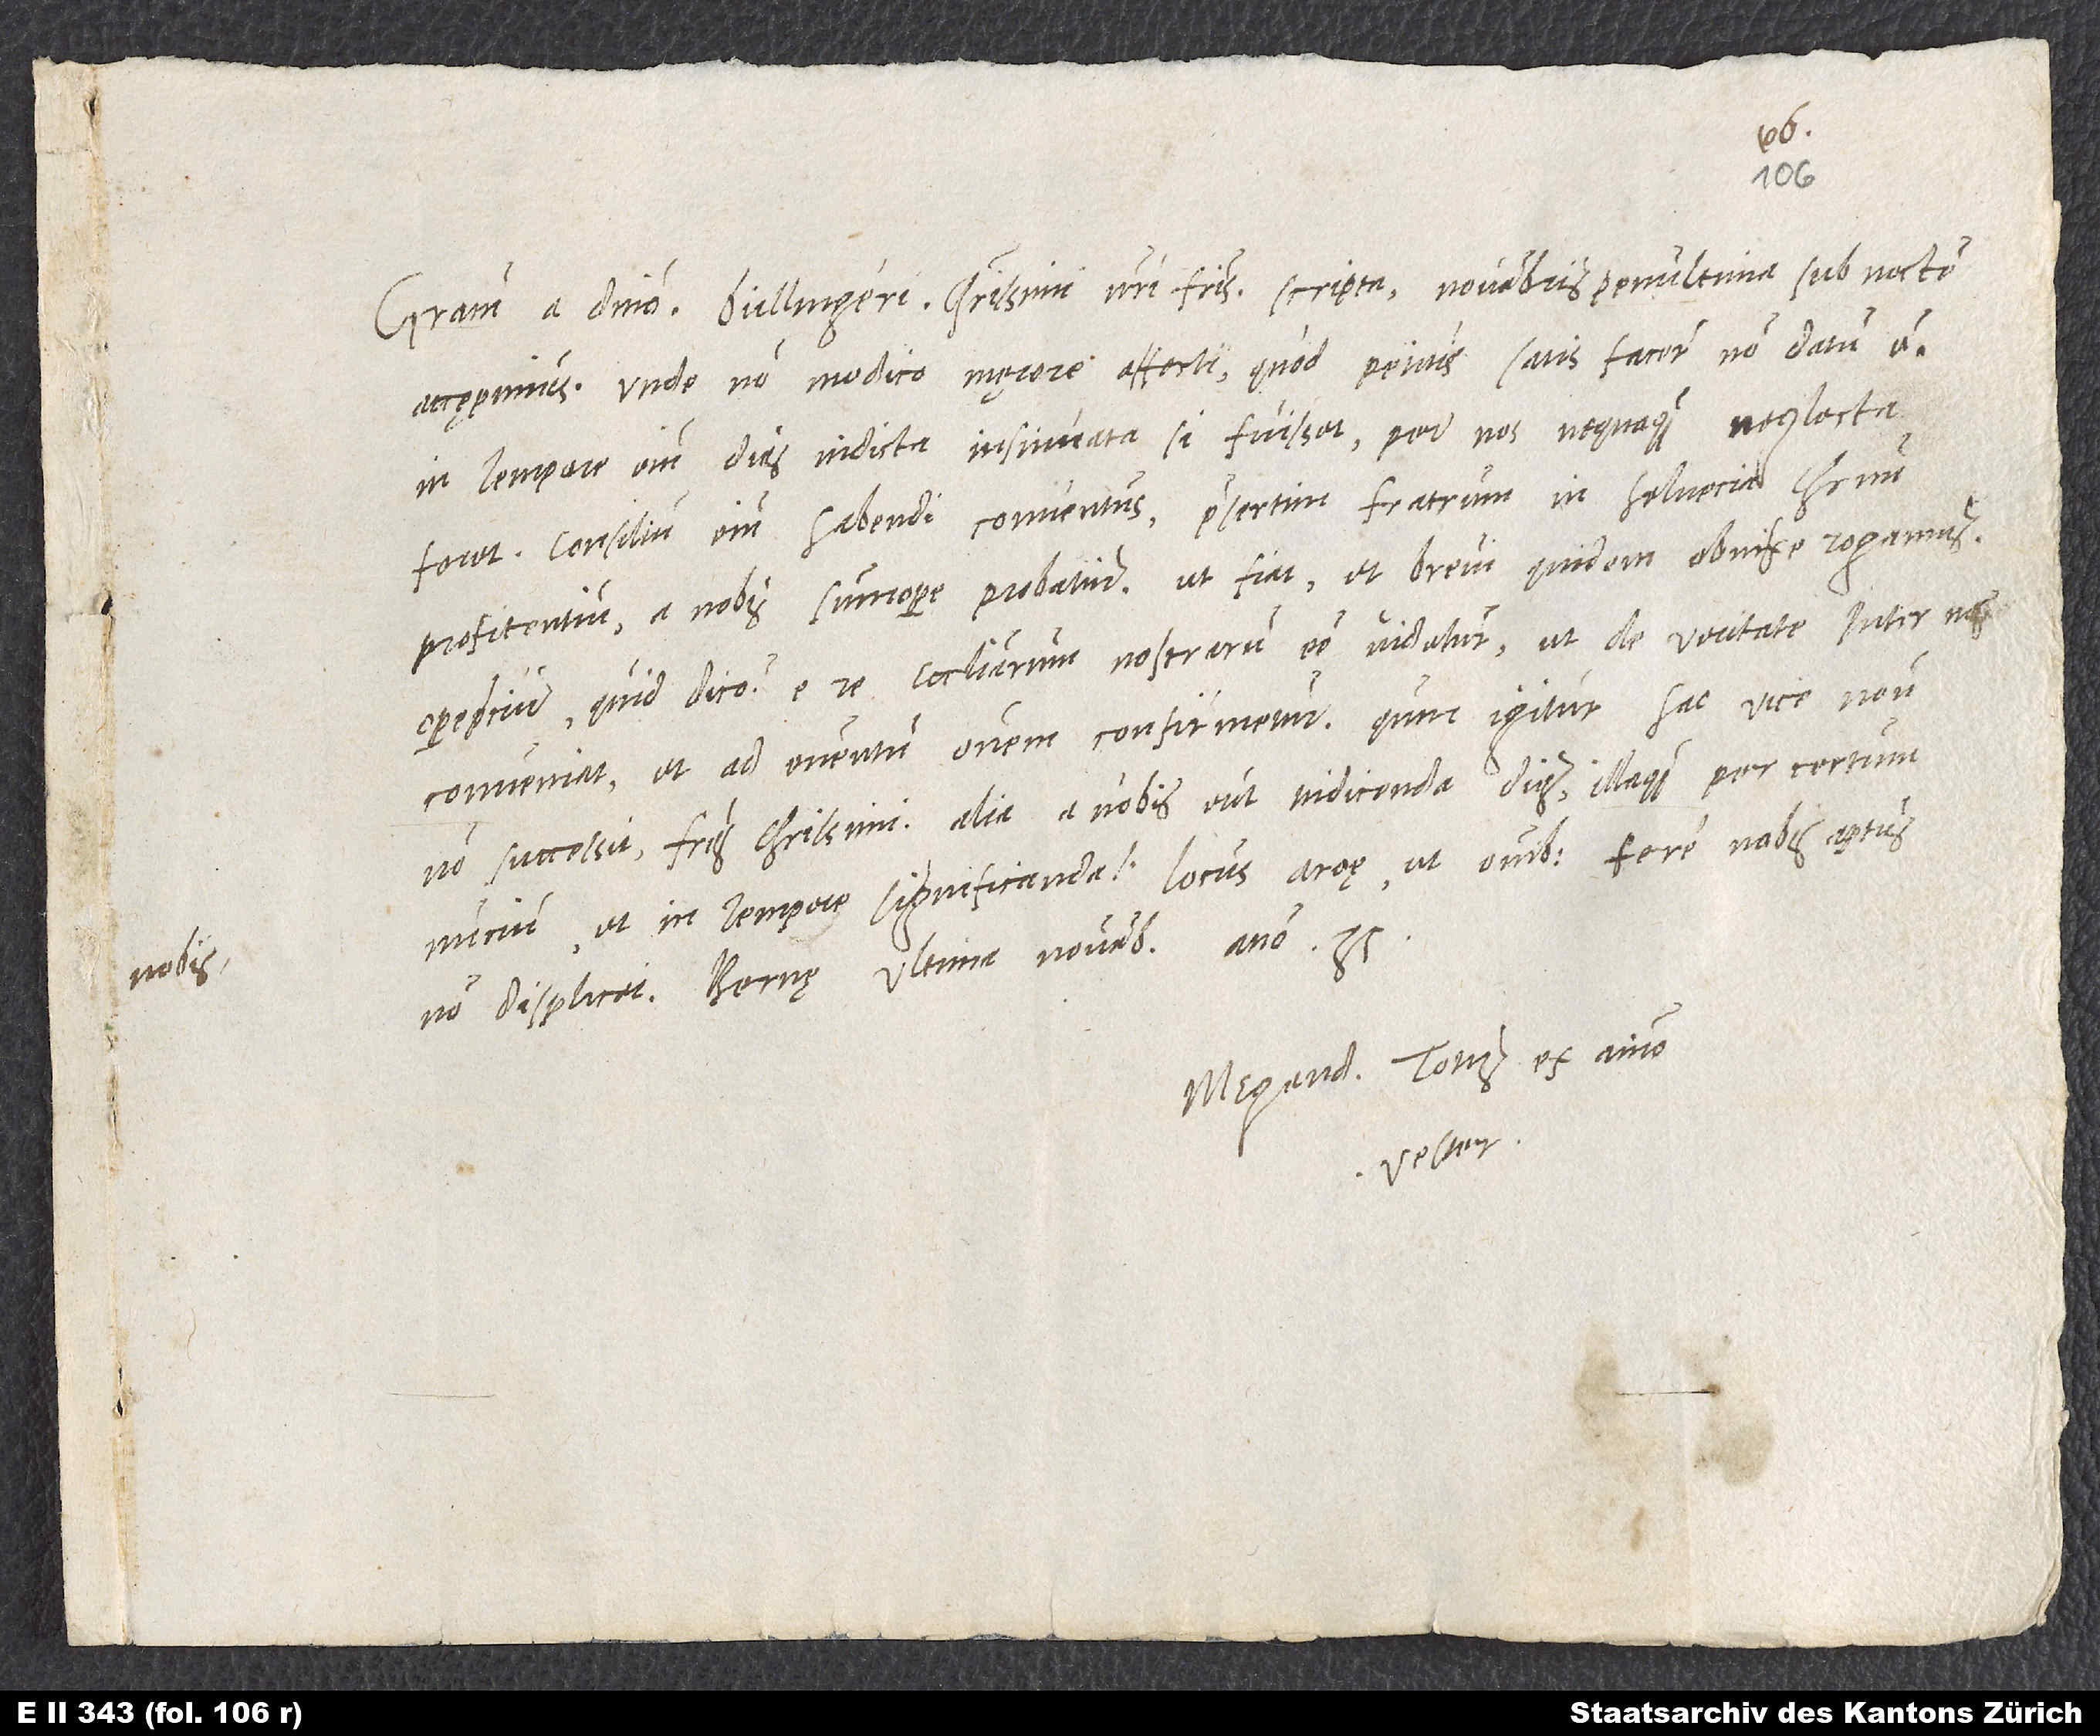
Gratiam a domino. Bullingeri, charissimi nostri fratris, scripta novembris penultima sub noctem
accępimus, unde non modico męrore affecti - quod petitis, satisfacere non datum est.
In tempore enim dies indicta insinuata si fuisset, per nos nequaquam neglecta
foret. Consilium enim habendi conventus, praesertim fratrum in Helvecia Christum
profitentium, a nobis summopere probatur; ut fiat, et brevi quidem, obnixe rogamus.
Opere precium - quid dico? - e re ecclesiarum nostrarum esse videtur, ut de veritate inter nos
conveniat et ad eventum omnem confirmetur. Quin igitur hac vice negotium
non successit, fratres charissimi, alia a vobis erit indicenda dies illaque per certum
nuncium et in tempore significanda nobis. Locus Aroae ut omnibus fere nobis aptus
non displicet. Bernę, ultima novembris anno 35.
Megander, totus ex animo
vester.